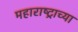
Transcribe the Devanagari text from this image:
महाराष्‍ट्राच्या